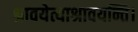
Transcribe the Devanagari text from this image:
श्रावयेत्याश्रावयन्ति।